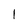
Character: l